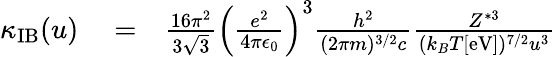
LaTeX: \begin{array}{rlr}{\kappa_{\mathrm{IB}}(u)}&{{}=}&{\frac{16\pi^{2}}{3\sqrt{3}}\left(\frac{e^{2}}{4\pi\epsilon_{0}}\right)^{3}\frac{h^{2}}{(2\pi m)^{3/2}c}\frac{Z^{*3}}{(k_{B}T[\mathrm{eV}])^{7/2}u^{3}}}\end{array}